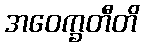
အဝေက္ခတီတိ